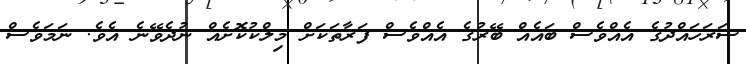
ސަރަހައްދުގެ އެއްވެސް ބައެއް ބޭރުގެ އެއްވެސް ފަަރާތަކަށް މިލްކުކޮށެއް ނުދެވޭނެ އެވެ. ނަމަވެސް